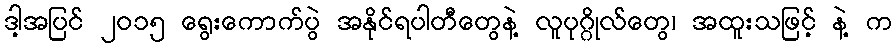
ဒါ့အပြင် ၂၀၁၅ ရွေးကောက်ပွဲ အနိုင်ရပါတီတွေနဲ့ လူပုဂ္ဂိုလ်တွေ၊ အထူးသဖြင့် နဲ့ က